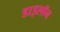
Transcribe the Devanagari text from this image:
डाइलॉन